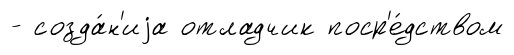
- созда́н'иjа отладчик поср'е́дством